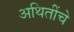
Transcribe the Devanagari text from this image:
अथितींचे